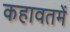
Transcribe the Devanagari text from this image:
कहावतमें